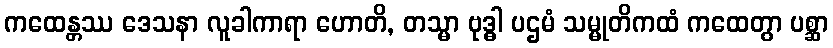
ကထေန္တဿ ဒေသနာ လူခါကာရာ ဟောတိ, တသ္မာ ဗုဒ္ဓါ ပဌမံ သမ္မုတိကထံ ကထေတွာ ပစ္ဆာ